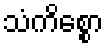
သံကိစ္စော